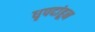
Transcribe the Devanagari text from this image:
धृपदांहून